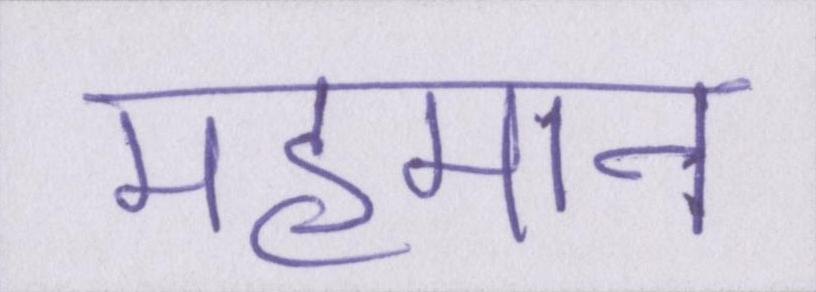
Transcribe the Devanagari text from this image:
महमान